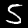
Label: 5